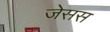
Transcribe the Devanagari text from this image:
जेसस